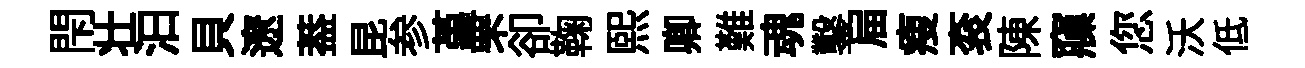
閇壮汩貝遼葢昆参堇罘卻鞠熙卿難魂鑿屇瘦衮陳䆿您沃低